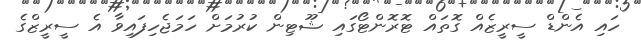
ހައި އެންޑް ސީރީޒެއް ގޮތައް ޓޮރޮންޓޯގައި ޝޫޓިން ކުރުމަށް ހަމަޖެހިފައިވާ އެ ސީރީޒްގެ